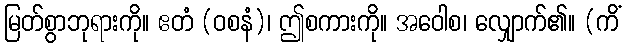
မြတ်စွာဘုရားကို။ ဧတံ (ဝစနံ)၊ ဤစကားကို။ အဝေါစ၊ လျှောက်၏။ (ကိံ